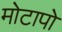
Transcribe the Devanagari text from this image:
मोटापो